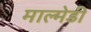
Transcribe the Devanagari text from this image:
माल्मेडी